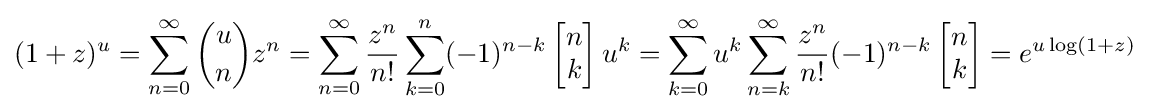
(1+z)^{u}=\sum _{n=0}^{\infty }{u \choose n}z^{n}=\sum _{n=0}^{\infty }{\frac {z^{n}}{n!}}\sum _{k=0}^{n}(-1)^{n-k}\left[{\begin{matrix}n\\k\end{matrix}}\right]u^{k}=\sum _{k=0}^{\infty }u^{k}\sum _{n=k}^{\infty }{\frac {z^{n}}{n!}}(-1)^{n-k}\left[{\begin{matrix}n\\k\end{matrix}}\right]=e^{u\log(1+z)}